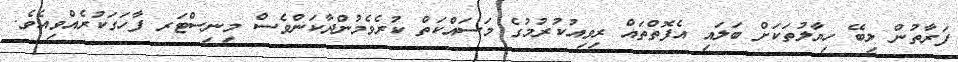
ފަރާތުން ލިބޭ ހިޔާލުތަކަށް ބަލައި އެފޮތްތައް ރިވިއުކުރުމުގެ މަސައްކަތް ކުރެވެމުންދާކަންވެސް މިނިސްޓަރ ފާހަގަކުރެއްވިއެވެ.